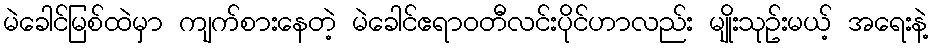
မဲခေါင်မြစ်ထဲမှာ ကျက်စားနေတဲ့ မဲခေါင်ဧရာဝတီလင်းပိုင်ဟာလည်း မျိုးသုဥ်းမယ့် အရေးနဲ့